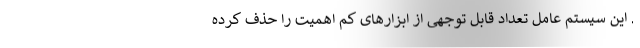
. این سیستم عامل تعداد قابل توجهی از ابزارهای کم اهمیت را حذف کرده